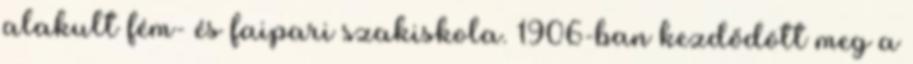
alakult fém- és faipari szakiskola. 1906-ban kezdődött meg a